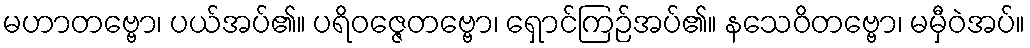
မဟာတဗ္ဗော၊ ပယ်အပ်၏။ ပရိဝဇ္ဇေတဗ္ဗော၊ ရှောင်ကြဉ်အပ်၏။ နသေဝိတဗ္ဗော၊ မမှီဝဲအပ်။